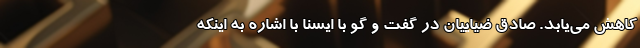
کاهش می‌یابد. صادق ضیاییان در گفت و گو با ایسنا با اشاره به اینکه